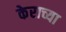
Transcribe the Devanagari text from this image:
केराच्या